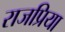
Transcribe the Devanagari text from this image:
राजप्रिया